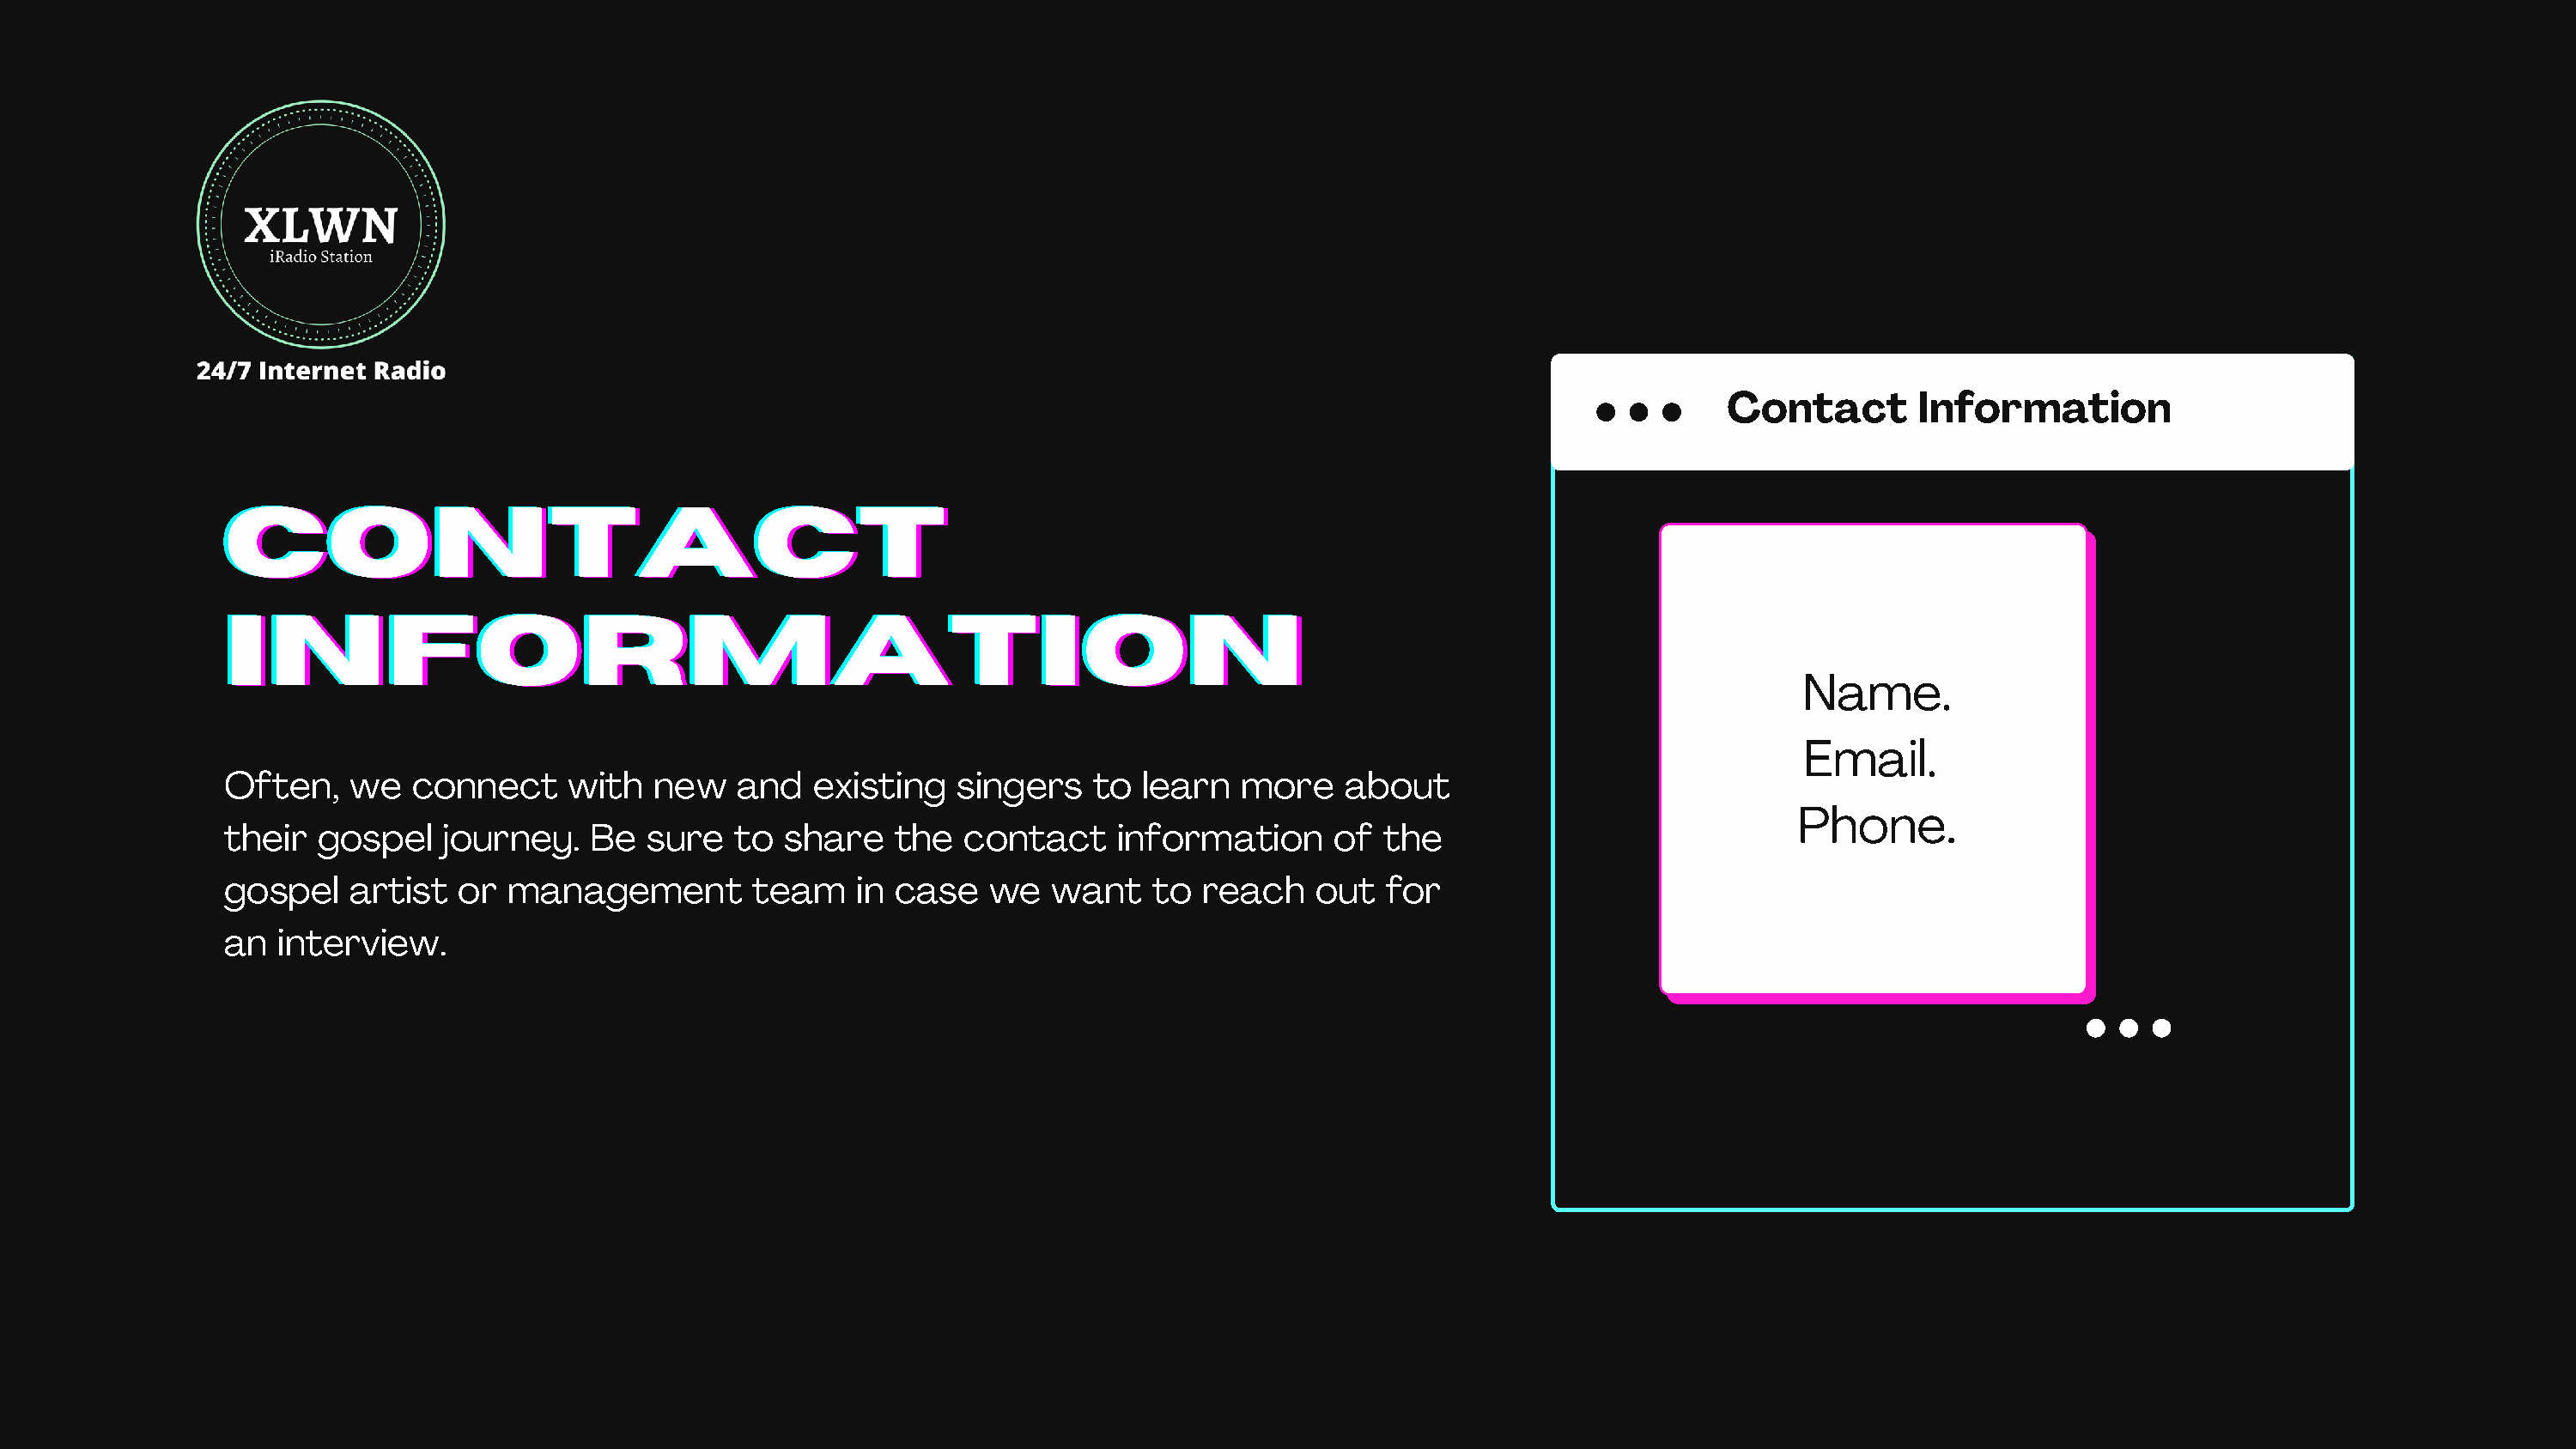
Contact        Information
 CCCOOONNNTTTAAACCCTTT
 IIINNNFFFOOORRRMMMAAATTTIIIOOONNN
 Name.
 Email.
 Often,    we   connect     with  new    and   existing   singers   to  learn   more    about
 Phone.
 their  gospel    journey.    Be  sure   to share    the  contact     information      of  the
 gospel    artist  or  management         team    in case   we   want    to  reach   out   for
 an  interview.